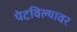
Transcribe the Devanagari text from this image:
पेटविल्यावर